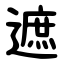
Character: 遮